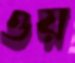
ওয়